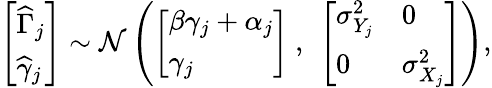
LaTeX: \begin{array}{r}{\left[\begin{array}{l}{\widehat{\Gamma}_{j}}\\ {\widehat\gamma_{j}}\end{array}\right]\sim\mathcal{N}\left(\left[\begin{array}{l}{\beta\gamma_{j}+\alpha_{j}}\\ {\gamma_{j}}\end{array}\right]\ ,\ \left[\begin{array}{ll}{{\sigma}_{Y_{j}}^{2}}&{0}\\ {0}&{{\sigma}_{X_{j}}^{2}}\end{array}\right]\right),}\end{array}